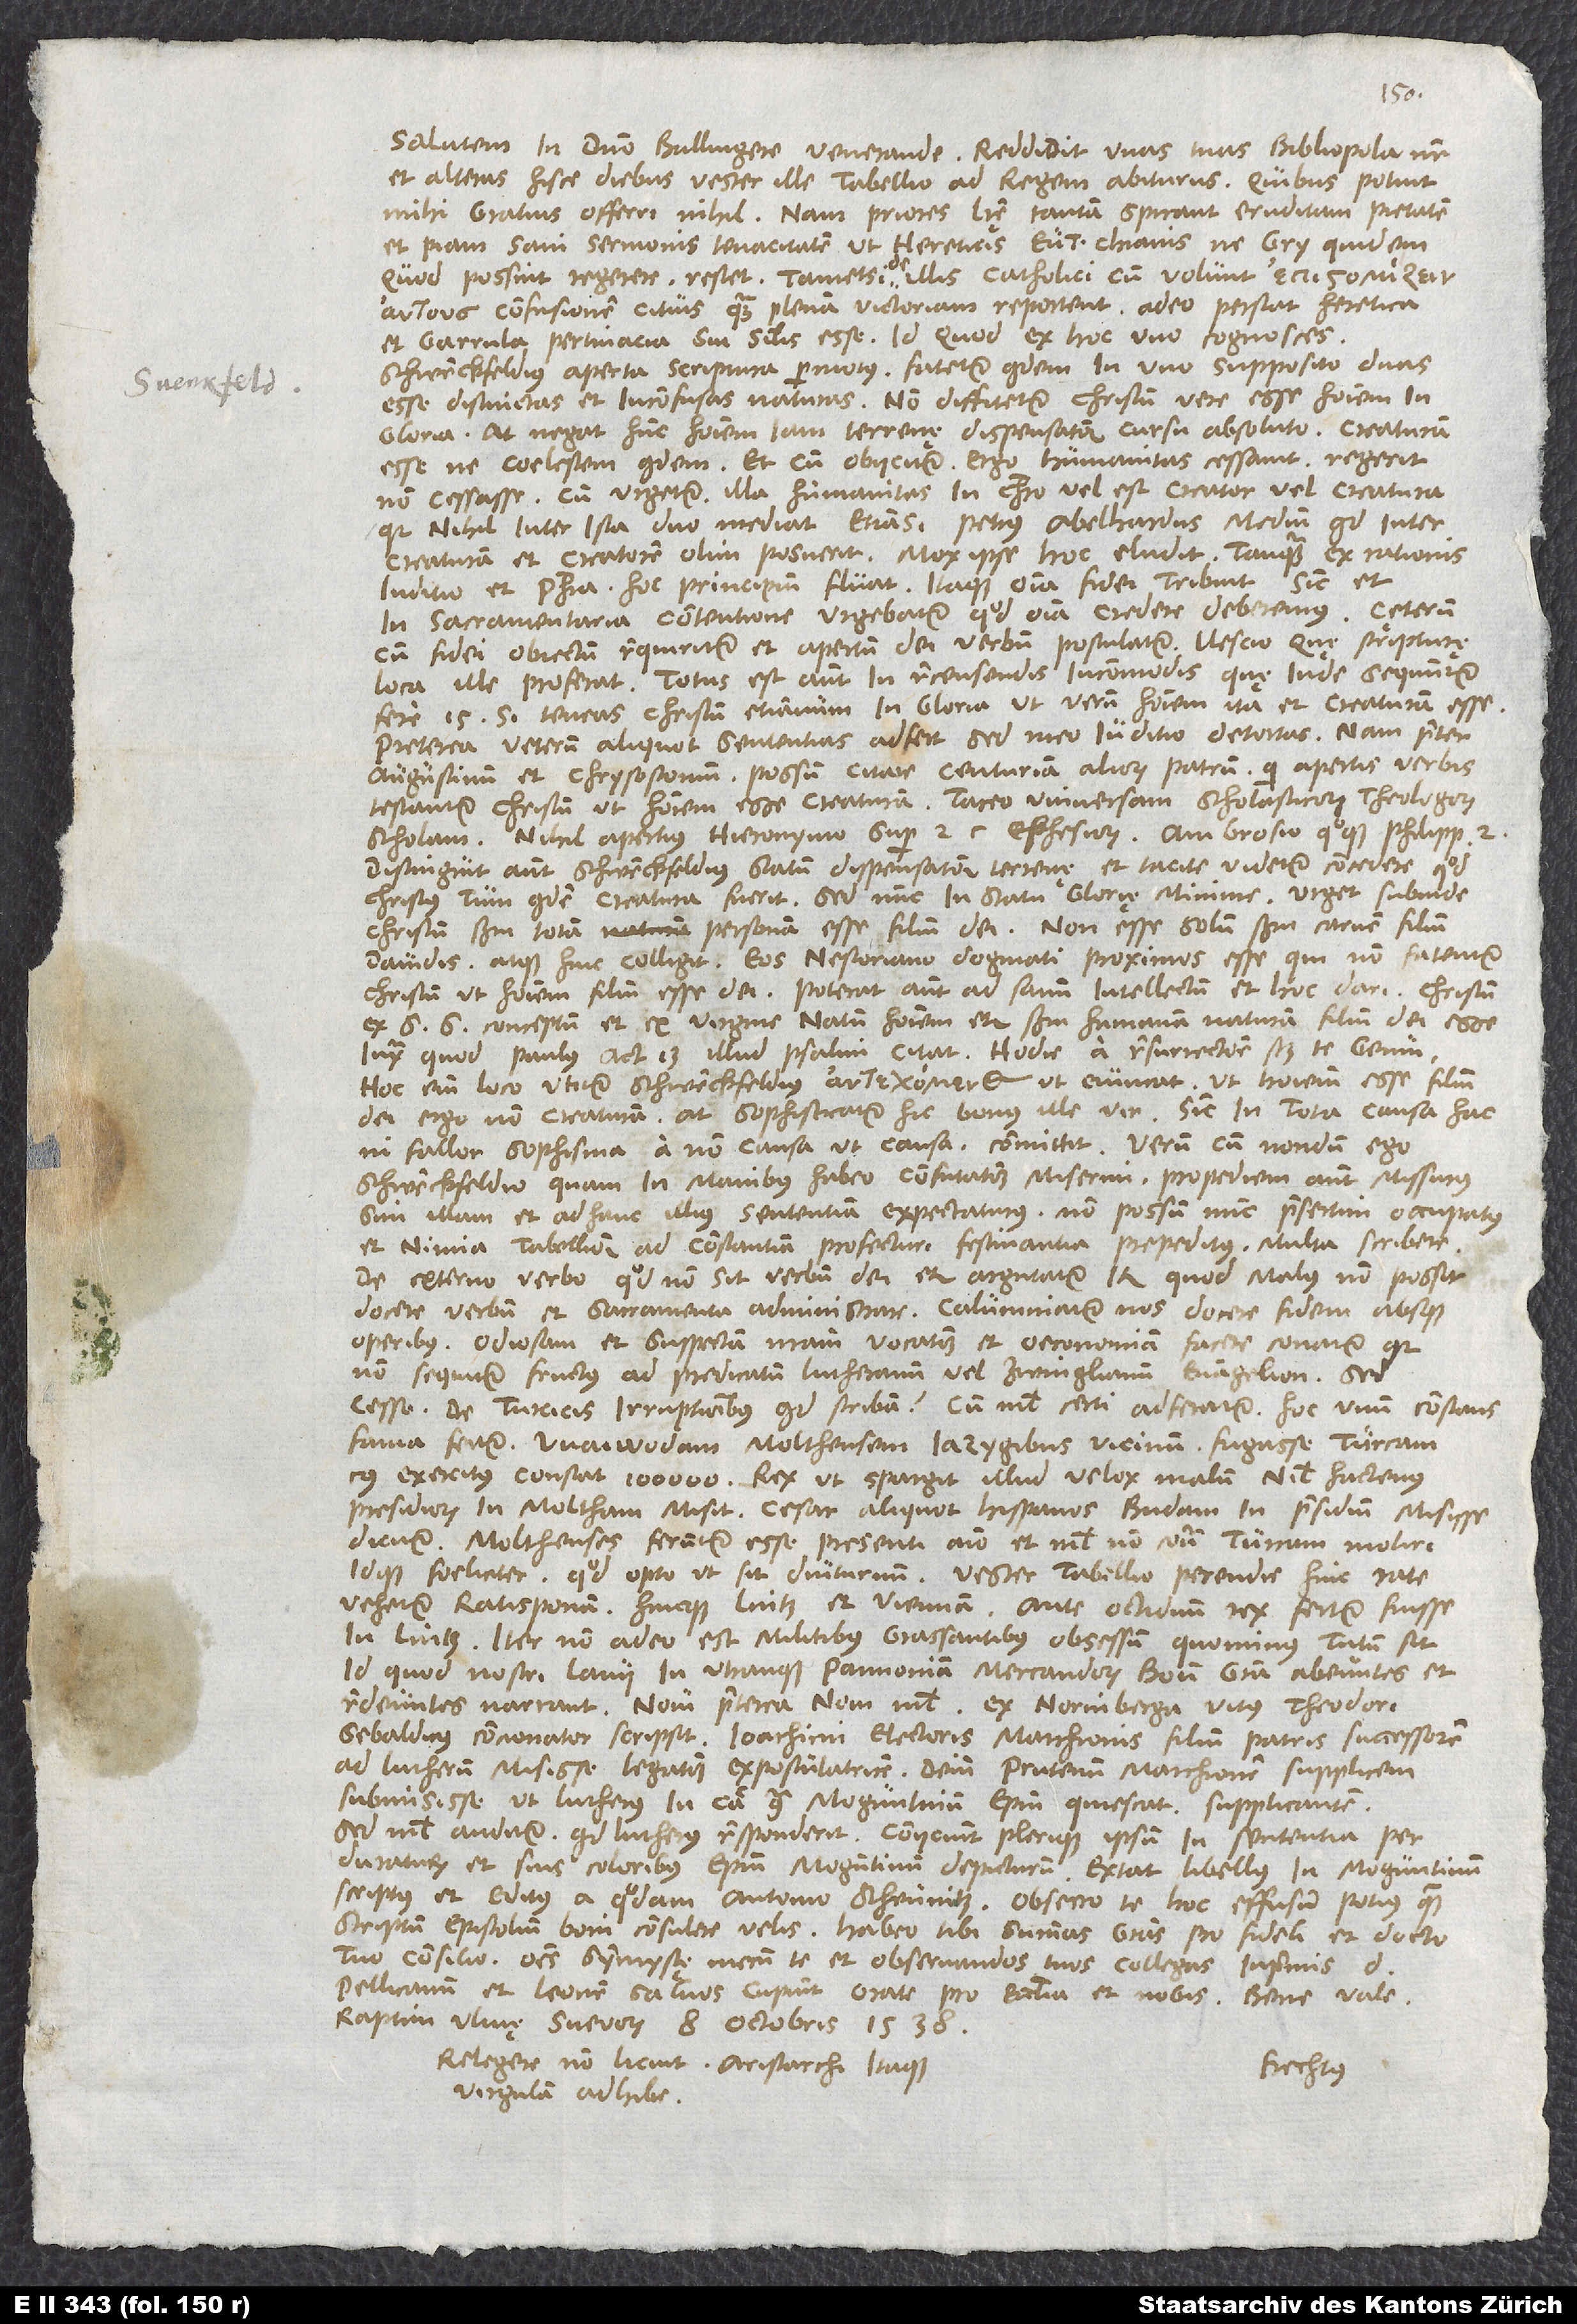
Salutem in domino, Bullingere venerande. Reddidit unas tuas bibliopola noster
et alteras hisce diebus vester ille tabellio ad regem abiturus; quibus potuit
mihi gratius offeri nihil. Nam priores literę tantam spirant eruditam pietatem
et piam sani sermonis tenacitatem, ut hereticis Eutychianis ne gry quidem,
quod possint regerere, restet. Tametsi de illis catholici, cum volunt ,
confusionem citius quam plenam victoriam reportent; adeo perstat heretica
et garrula pertinacia sui similis esse. Id quod ex hoc uno cognosces:
Schwenckfeldius aperta scriptura permotus fatetur quidem in uno supposito duas
esse distinctas et inconfusas naturas. Non diffitetur Christum vere esse hominem in
gloria, at negat hunc hominem iam terrenę dispensationis cursu absoluto creaturam
esse ne coelestem quidem, et cum obiicitur: „Ergo humanitas cessavit“, regerit
non cessasse. Cum urgetur: „Illa humanitas in Christo vel est creator vel creatura,
quia nihil inter ista duo mediat, etiamsi Petrus Abelhardus medium quid inter
creaturam et creatorem olim posuerit“, mox ipse hoc eludit, tanquam ex rationis
iuditio et philosophia hoc principium fluat. Itaque omnia fidei tribuit, sicut et
in sacramentaria contentione urgebatur, quod omnia credere deberemus. Cęterum
cum fidei obiectum requiritur et apertum dei verbum postulatur, nescio quę scripturę
loca ille proferat. Totus est autem in recensendis incommodis, quę inde sequuntur
fere 15, si teneas Christum etiamnum in gloria ut verum hominem ita et creaturam esse.
Preterea veterum aliquot sententias adfert, sed meo iuditio detortas; nam praeter
Augustinum et Chrysostomum possum citare centuriam aliorum patrum, qui apertis verbis
testantur Christum ut hominem esse creaturam. Taceo universam scholasticorum theologorum
2.
scholam. Nihil apertius Hieronymo super 2. capite Ephesiorum, Ambrosio quoque Philippensium
Distinguit autem Schwenckfeldius statum dispensationis terrenę et tacite videtur concedere, quod
Christus tum quidem creatura fuerit, sed nunc in statu glorię minime. Urget subinde
Christum secundum totam personam esse filium dei, non esse solum secundum carnem filium
Davidis, atque hinc colligit eos Nestoriano dogmati proximos esse, qui non fatentur
Christum ut hominem filium esse dei. Poterat autem ad sanum intellectum et hoc dari Christum
ex spiritu sancto conceptum et ex virgine natum hominem etiam secundum humanam naturam filium dei esse,
iuxta quod Paulus Actorum 13. illud psalmi citat: „Hodie“, a resurrectione scilicet, „te genui“.
Hoc enim loco utitur Schwenckfeldius , ut evincat, ut hominem esse filium
dei, ergo non creaturam. At sophisticatur hic bonus ille vir, sicut in tota causa hac,
ni fallor, sophisma a non causa ut causa committit. Verum cum nondum ego
Schwenckfeldio, quam in manibus habeo confutationem, miserim, propediem autem missurus
sim illam et ad hanc illius sententiam expectaturus, non possum nunc presertim occupatus
et nimia tabellionis ad Constantiam profecturi festinantia prepeditus multa scribere.
De externo verbo, quod non sit verbum dei, etiam argutatur, item quod malus non possit
docere verbum et sacramenta administrare. Calumniatur nos docere fidem absque
operibus. Odiosam et suspectam nostram vocationem et oeconomiam facere conatur, quia
non sequitur fructus ad predicatum Lutheranum vel Zwinglianum evangelion. Sed
cesso. De Turcicis irruptionibus quid scribam, cum nihil certi adferatur? Hoc unum constans
fama fertur waiwodam Molthensem Jazygibus vicinum fugasse Turcam,
cuius exercitus constat 100’000. Rex, ut spargit illud velox malum, nihil hactenus
presidiorum in Moltham misit. Cesar aliquot Hispanos Budam in presidium misisse
dicitur. Molthenses feruntur esse presenti animo et nihil non contra Turcam moliri
idque foeliciter, quod opto ut sit diuturnum. Vester tabellio perendie hinc rate
vehetur Ratisponam hincque Lintz et Viennam. Ante octiduum rex fertur fuisse
in Lintz. Iter non adeo est militibus grassantibus obsessum, quominus tutum sit,
id quod nostri lanii in utramque Pannoniam mercandorum boum gratia abeuntes et
redeuntes narrant. Novi praeterea novi nihil. Ex Norinberga Vitus Theodori,
Sebaldicus concionator, scripsit Ioachimi electoris Marchionis filium, patris successorem,
ad Lutherum misisse legationem expostulatricem, deinde Prutenum marchionem supplicem
submisisse, ut Lutherus in causa contra Moguntinum episcopum quiescat supplicantem.
Sed nihil auditur, quod Lutherus responderit. Coniiciunt plerique ipsum in sententia
perduraturum et suis coloribus episcopum Moguntinum depicturum. Extat libellus in Moguntinum
scriptus et editus a quodam Antonio Scheunitz. Obsecro te, hoc effusum potius quam
scriptum epistolium boni consulere velis. Habeo tibi summas gratias pro fideli et docto
tuo consilio. Omnes symmystę mecum te et observandos tuos collegas, inprimis
Pellicanum et Leonem salvos cupiunt. Orate pro ecclesia et nobis. Bene vale.
Raptim, Ulmę Svevorum, 8. octobris 1538.
Relegere non licuit. Aristarchi itaque
Frechtus.
virgulam adhibe.